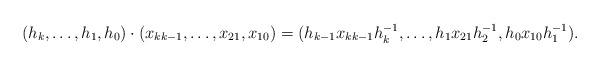
LaTeX: \begin{align*} (h_k, \ldots , h_1,h_0) \cdot (x_{kk-1}, \ldots, x_{21}, x_{10})=(h_{k-1} x_{kk-1} h_k^{-1}, \ldots ,h_1 x_{21} h_2^{-1}, h_0 x_{10} h_1^{-1} ).\end{align*}